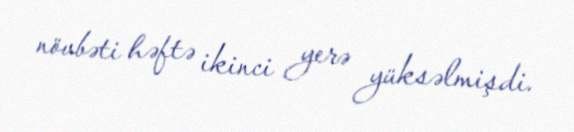
növbəti həftə ikinci yerə yüksəlmişdi.